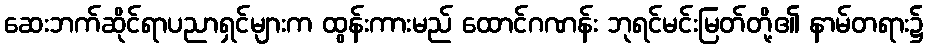
ဆေးဘက်ဆိုင်ရာပညာရှင်များက ထွန်းကားမည် ထောင်ဂဏန်း ဘုရင်မင်းမြတ်တို့၏ နာမ်တရား၌